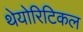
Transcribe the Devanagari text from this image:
थेयोरिटिकल